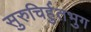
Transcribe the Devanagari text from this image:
सुरुचिर्हुतभुग